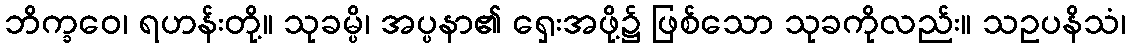
ဘိက္ခဝေ၊ ရဟန်းတို့။ သုခမ္ပိ၊ အပ္ပနာ၏ ရှေးအဖို့၌ ဖြစ်သော သုခကိုလည်း။ သဥပနိသံ၊